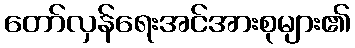
တော်လှန်ရေးအင်အားစုများ၏